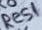
Text: Res1